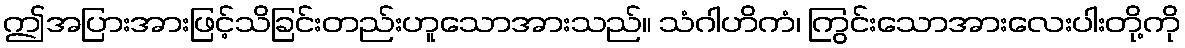
ဤအပြားအားဖြင့်သိခြင်းတည်းဟူသောအားသည်။ သံဂါဟိကံ၊ ကြွင်းသောအားလေးပါးတို့ကို